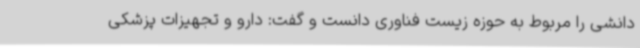
دانشی را مربوط به حوزه زیست فناوری دانست و گفت: دارو و تجهیزات پزشکی